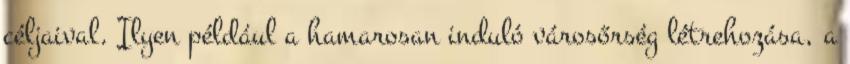
céljaival. Ilyen például a hamarosan induló városőrség létrehozása, a